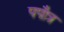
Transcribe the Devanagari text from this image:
पपौत्र